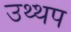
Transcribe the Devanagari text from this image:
उथ्थप